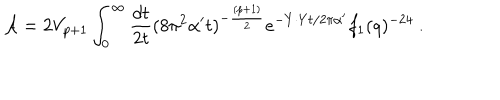
{ \cal A } = 2 V _ { p + 1 } \int _ { 0 } ^ { \infty } { \frac { d t } { 2 t } } ( 8 \pi ^ { 2 } { \alpha ^ { \prime } } t ) ^ { - { \frac { ( p + 1 ) } { 2 } } } e ^ { - Y \cdot Y t / 2 \pi { \alpha ^ { \prime } } } f _ { 1 } ( q ) ^ { - 2 4 } \ .